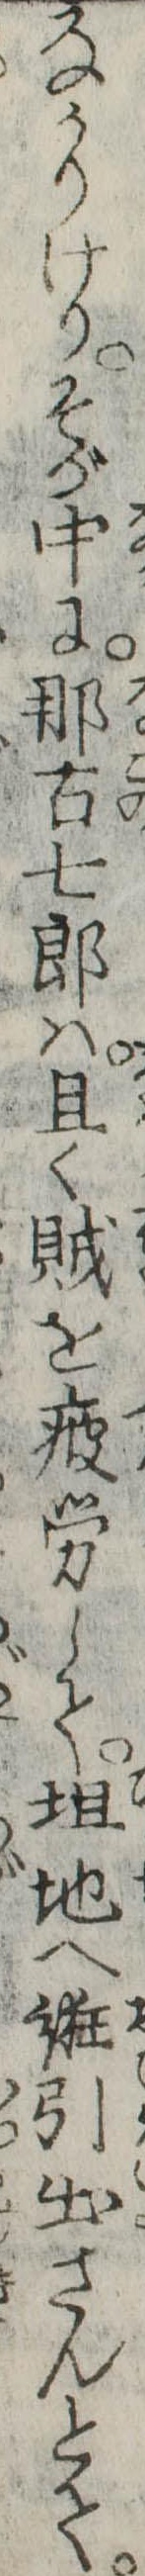
なかりけりそが中に那古七郎は且く賊を疲労して坦地へ誑引出さんとて